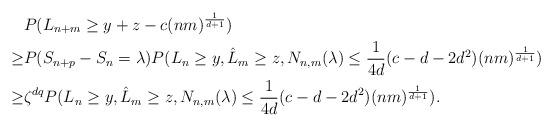
LaTeX: \begin{align*}&P(L_{n+m}\ge y+z-c(nm)^{\frac{1}{d+1}})\\\ge &P(S_{n+p}-S_n=\lambda)P(L_{n}\ge y,\hat{L}_m\ge z, N_{n,m}(\lambda)\le \frac{1}{4d}(c-d-2d^2)(nm)^{\frac{1}{d+1}})\\\ge &\zeta^{dq} P(L_{n}\ge y,\hat{L}_m\ge z, N_{n,m}(\lambda)\le \frac{1}{4d}(c-d-2d^2)(nm)^{\frac{1}{d+1}}). \end{align*}